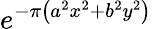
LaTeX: e^{-\pi\left(a^{2}x^{2}+b^{2}y^{2}\right)}